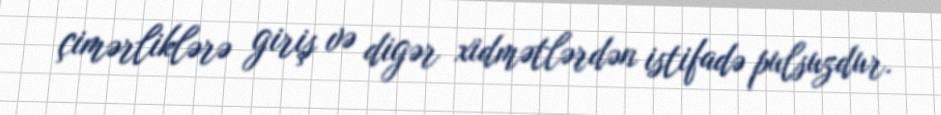
çimərliklərə giriş və digər xidmətlərdən istifadə pulsuzdur.